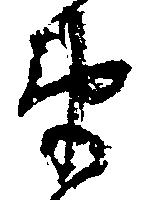
衛